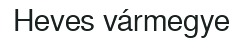
Heves vármegye